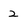
Character: 2